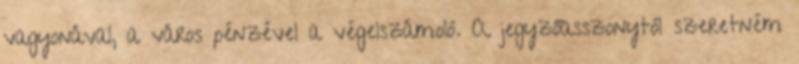
vagyonával, a város pénzével a végelszámoló. A jegyzőasszonytól szeretném